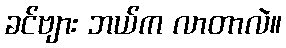
ခင်ဗျား ဘယ်က လာတာလဲ။